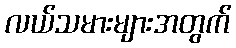
လယ်သမားများအတွက်